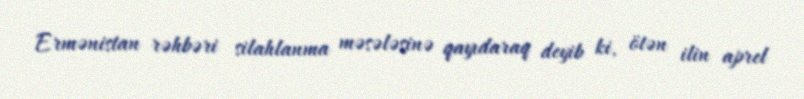
Ermənistan rəhbəri silahlanma məsələsinə qayıdaraq deyib ki, ötən ilin aprel